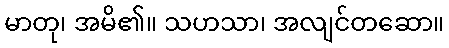
မာတု၊ အမိ၏။ သဟသာ၊ အလျင်တဆော။